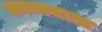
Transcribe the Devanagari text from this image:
काव्यमाता